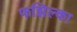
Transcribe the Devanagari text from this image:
फझिल्का